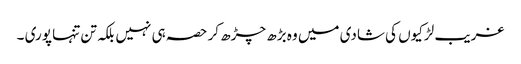
غریب لڑکیوں کی شادی میں وہ بڑھ چڑھ کر حصہ ہی نہیں بلکہ تن تنہا پوری ۔